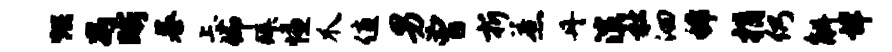
烘舄晰慕忐仰拜慊爪值男曾折惹丹演社洄稀捐仍斛详